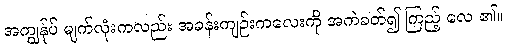
အကျွန်ုပ် မျက်လုံးကလည်း အခန်းကျဉ်းကလေးကို အကဲခတ်၍ ကြည့် လေ ၏။